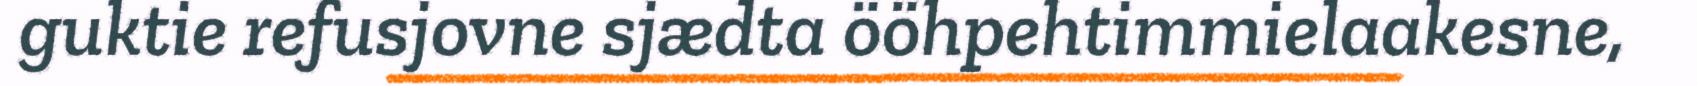
guktie refusjovne sjædta ööhpehtimmielaakesne,